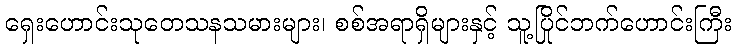
ရှေးဟောင်းသုတေသနသမားများ၊ စစ်အရာရှိများနှင့် သူ့ပြိုင်ဘက်ဟောင်းကြီး